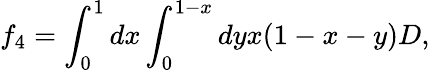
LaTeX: f_{4}=\int_{0}^{1}dx\int_{0}^{1-x}dyx(1-x-y)D,